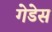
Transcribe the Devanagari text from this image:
गेडेस